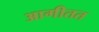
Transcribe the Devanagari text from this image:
आगीतत